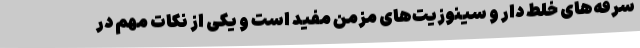
سرفه‌های خلط دار و سینوزیت‌های مزمن مفید است و یکی از نکات مهم در